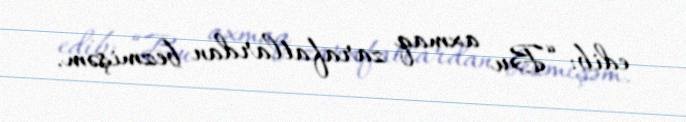
edib: “Bu axmaq zarafatlardan bezmişəm.